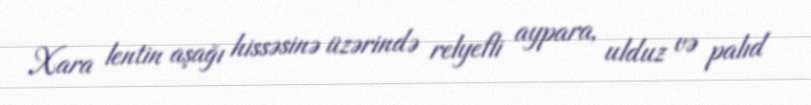
Xara lentin aşağı hissəsinə üzərində relyefli aypara, ulduz və palıd